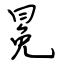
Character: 冕